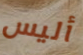
أليس